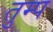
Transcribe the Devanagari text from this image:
तुम्प